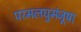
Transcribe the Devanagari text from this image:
परमलघुमंजूषा